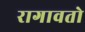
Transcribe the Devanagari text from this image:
रागावतो